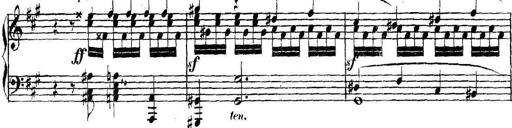
Title: Collected Piano Sonatas
Composer: Muzio Clementi